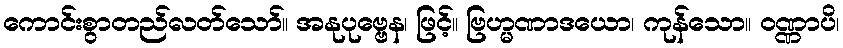
ကောင်းစွာတည်လတ်သော်။ အနုပုဗ္ဗေန၊ ဖြင့်။ ဗြဟ္မဏာဒယော၊ ကုန်သော။ ဝဏ္ဏာပိ၊